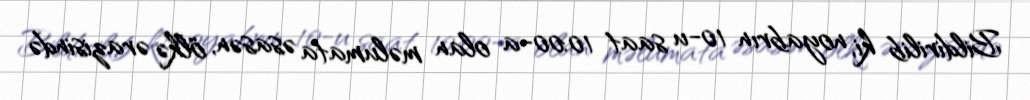
Bildirilib ki, noyabrın 10-u saat 10:00-a olan məlumata əsasən, ölkə ərazisində